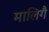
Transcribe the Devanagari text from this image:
मालिगै